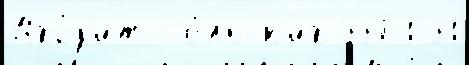
Вхо́д'ит с'е́льск'их 3371 31